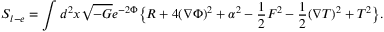
S _ { l - e } = \int d ^ { 2 } x \sqrt { - G } e ^ { - 2 \Phi } \big \{ R + 4 ( \nabla \Phi ) ^ { 2 } + \alpha ^ { 2 } - { \frac { 1 } { 2 } } F ^ { 2 } - { \frac { 1 } { 2 } } ( \nabla T ) ^ { 2 } + T ^ { 2 } \big \} .